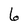
Character: 6